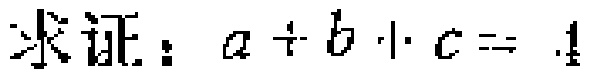
求证：\(a + b\cdot c = 1\)